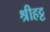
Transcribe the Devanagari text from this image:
श्रीहट्ट